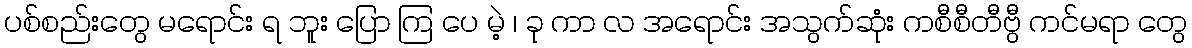
ပစ်စည်းတွေ မရောင်း ရ ဘူး ပြော ကြ ပေ မဲ့ ၊ ခု ကာ လ အရောင်း အသွက်ဆုံး ကစီစီတီဗွီ ကင်မရာ တွေ